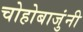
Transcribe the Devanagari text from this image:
चोहोबाजुंनी